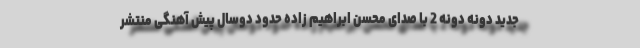
جدید دونه دونه 2 با صدای محسن ابراهیم زاده حدود دوسال پیش آهنگی منتشر